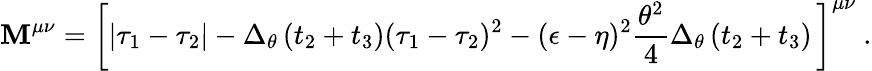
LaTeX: \mathbf{M}^{\mu\nu}=\left[\vert\tau_{1}-\tau_{2}\vert-\Delta_{\theta}\, (t_{2}+t_{3})(\tau_{1}-\tau_{2})^{2}-(\epsilon-\eta)^{2}{\frac{{\theta^{2}}}{{4}}}\Delta_{\theta}\, (t_{2}+t_{3})\, \right]^{\mu\nu}\ .